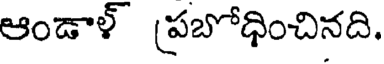
ఆండాళ్ (పబోధించినది.